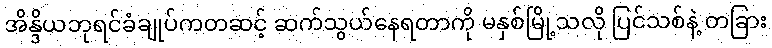
အိန္ဒိယဘုရင်ခံချုပ်ကတဆင့် ဆက်သွယ်နေရတာကို မနှစ်မြို့သလို ပြင်သစ်နဲ့ တခြား